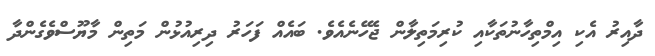
ދާއިރު އެކި އިމްތިހާނުތަކާއި ކުރިމަތިލާން ޖެހޭނެއެވެ. ބައެއް ފަހަރު ދިރިއުޅުން މަތިން މާޔޫސްވެގެންދާ